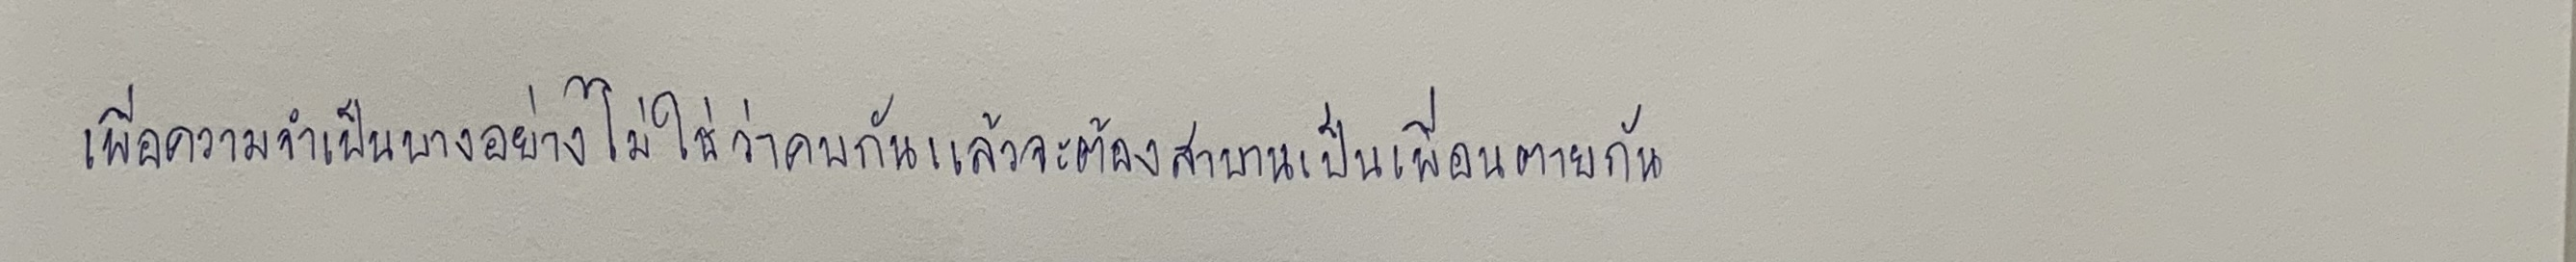
เพื่อความจำเป็นบางอย่างไม่ใช่ว่าคบกันแล้วจะต้องสาบานเป็นเพื่อนตายกัน